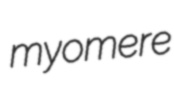
myomere